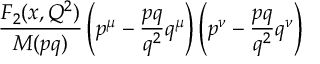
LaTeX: { \frac { F _ { 2 } ( x , Q ^ { 2 } ) } { M ( p q ) } } \left( p ^ { \mu } - { \frac { p q } { q ^ { 2 } } } q ^ { \mu } \right) \left( p ^ { \nu } - { \frac { p q } { q ^ { 2 } } } q ^ { \nu } \right)